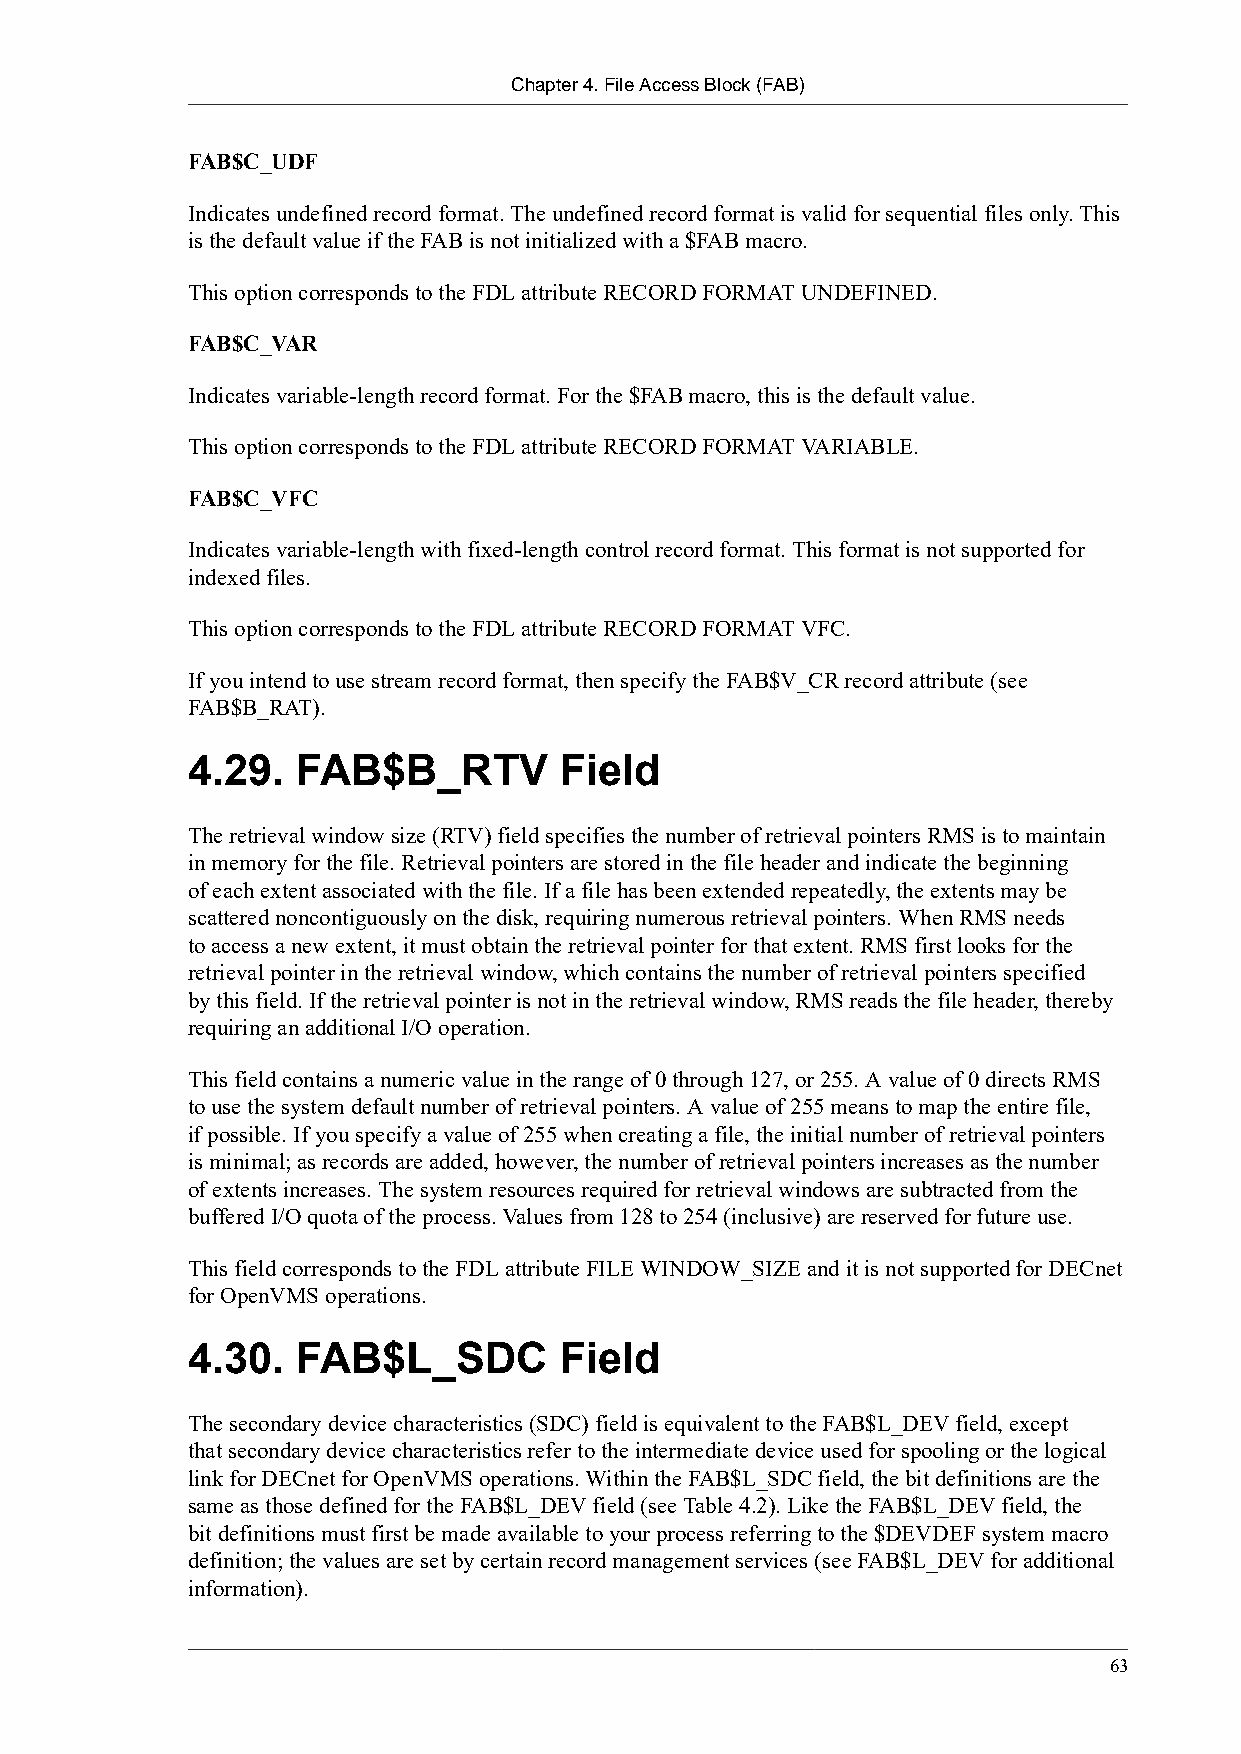
Chapter 4. File Access Block (FAB)
 FAB$C_UDF
 Indicates undefined record format. The undefined record format is valid for sequential files only. This
 is the default value if the FAB is not initialized with a $FAB macro.
 This option corresponds to the FDL attribute RECORD FORMAT UNDEFINED.
 FAB$C_VAR
 Indicates variable-length record format. For the $FAB macro, this is the default value.
 This option corresponds to the FDL attribute RECORD FORMAT VARIABLE.
 FAB$C_VFC
 Indicates variable-length with fixed-length control record format. This format is not supported for
 indexed files.
 This option corresponds to the FDL attribute RECORD FORMAT VFC.
 If you intend to use stream record format, then specify the FAB$V_CR record attribute (see
 FAB$B_RAT).
 4.29.   FAB$B_RTV        Field
 The retrieval window size (RTV) field specifies the number of retrieval pointers RMS is to maintain
 in memory for the file. Retrieval pointers are stored in the file header and indicate the beginning
 of each extent associated with the file. If a file has been extended repeatedly, the extents may be
 scattered noncontiguously on the disk, requiring numerous retrieval pointers. When RMS needs
 to access a new extent, it must obtain the retrieval pointer for that extent. RMS first looks for the
 retrieval pointer in the retrieval window, which contains the number of retrieval pointers specified
 by this field. If the retrieval pointer is not in the retrieval window, RMS reads the file header, thereby
 requiring an additional I/O operation.
 This field contains a numeric value in the range of 0 through 127, or 255. A value of 0 directs RMS
 to use the system default number of retrieval pointers. A value of 255 means to map the entire file,
 if possible. If you specify a value of 255 when creating a file, the initial number of retrieval pointers
 is minimal; as records are added, however, the number of retrieval pointers increases as the number
 of extents increases. The system resources required for retrieval windows are subtracted from the
 buffered I/O quota of the process. Values from 128 to 254 (inclusive) are reserved for future use.
 This field corresponds to the FDL attribute FILE WINDOW_SIZE and it is not supported for DECnet
 for OpenVMS operations.
 4.30.   FAB$L_SDC        Field
 The secondary device characteristics (SDC) field is equivalent to the FAB$L_DEV field, except
 that secondary device characteristics refer to the intermediate device used for spooling or the logical
 link for DECnet for OpenVMS operations. Within the FAB$L_SDC field, the bit definitions are the
 same as those defined for the FAB$L_DEV field (see Table 4.2). Like the FAB$L_DEV field, the
 bit definitions must first be made available to your process referring to the $DEVDEF system macro
 definition; the values are set by certain record management services (see FAB$L_DEV for additional
 information).
 63